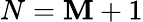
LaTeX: N=\mathbf{M}+1